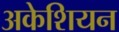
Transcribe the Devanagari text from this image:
अकेशियन